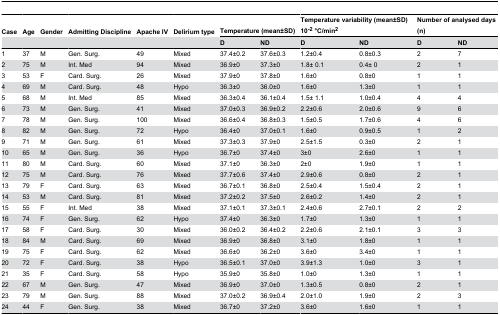
<table><thead><tr><td><b>Case</b></td><td><b>Age</b></td><td><b>Gender</b></td><td><b>Admitting Discipline</b></td><td><b>Apache IV</b></td><td><b>Delirium type</b></td><td colspan="2"><b>Temperature (mean±SD)</b></td><td colspan="2"><b>Temperature variability (mean±SD) 10<sup>-2</sup> °C/min<sup>2</sup></b></td><td colspan="2"><b>Number of analysed days (n) </b></td></tr><tr><td></td><td></td><td></td><td></td><td></td><td></td><td><b>D</b></td><td><b>ND</b></td><td><b>D</b></td><td><b>ND</b></td><td><b>D</b></td><td><b>ND</b></td></tr></thead><tbody><tr><td>1</td><td>37</td><td>M</td><td>Gen. Surg.</td><td>49</td><td>Mixed</td><td>37.4±0.2</td><td>37.6±0.3</td><td>1.2±0.4</td><td>0.8±0.3</td><td>2</td><td>7</td></tr><tr><td>2</td><td>75</td><td>M</td><td>Int. Med</td><td>94</td><td>Mixed</td><td>36.9±0</td><td>37.3±0</td><td>1.8± 0.1</td><td>0.4± 0</td><td>2</td><td>1</td></tr><tr><td>3</td><td>53</td><td>F</td><td>Card. Surg.</td><td>26</td><td>Mixed</td><td>37.9±0</td><td>37.8±0</td><td>1.6±0</td><td>0.8±0</td><td>1</td><td>1</td></tr><tr><td>4</td><td>69</td><td>M</td><td>Card. Surg.</td><td>48</td><td>Hypo</td><td>36.3±0</td><td>36.0±0</td><td>1.6±0</td><td>1.3±0</td><td>1</td><td>1</td></tr><tr><td>5</td><td>68</td><td>M</td><td>Int. Med</td><td>85</td><td>Mixed</td><td>36.3±0.4</td><td>36.1±0.4</td><td>1.5± 1.1</td><td>1.0±0.4</td><td>4</td><td>4</td></tr><tr><td>6</td><td>73</td><td>M</td><td>Gen. Surg.</td><td>41</td><td>Mixed</td><td>37.0±0.3</td><td>36.9±0.2</td><td>2.2±0.6</td><td>2.0±0.6</td><td>9</td><td>6</td></tr><tr><td>7</td><td>78</td><td>M</td><td>Gen. Surg.</td><td>100</td><td>Mixed</td><td>36.6±0.4</td><td>36.8±0.3</td><td>1.5±0.5</td><td>1.7±0.6</td><td>4</td><td>6</td></tr><tr><td>8</td><td>82</td><td>M</td><td>Gen. Surg.</td><td>72</td><td>Hypo</td><td>36.4±0</td><td>37.0±0.1</td><td>1.6±0</td><td>0.9±0.5</td><td>1</td><td>2</td></tr><tr><td>9</td><td>71</td><td>M</td><td>Gen. Surg.</td><td>61</td><td>Mixed</td><td>37.3±0.3</td><td>37.9±0</td><td>2.5±1.5</td><td>0.3±0</td><td>2</td><td>1</td></tr><tr><td>10</td><td>65</td><td>M</td><td>Gen. Surg.</td><td>36</td><td>Hypo</td><td>36.7±0</td><td>37.4±0</td><td>3±0</td><td>2.6±0</td><td>1</td><td>1</td></tr><tr><td>11</td><td>80</td><td>M</td><td>Card. Surg.</td><td>60</td><td>Mixed</td><td>37.1±0</td><td>36.3±0</td><td>2±0</td><td>1.9±0</td><td>1</td><td>1</td></tr><tr><td>12</td><td>75</td><td>M</td><td>Card. Surg.</td><td>76</td><td>Mixed</td><td>37.7±0.6</td><td>37.4±0</td><td>2.9±0.6</td><td>0.8±0</td><td>2</td><td>1</td></tr><tr><td>13</td><td>79</td><td>F</td><td>Card. Surg.</td><td>63</td><td>Mixed</td><td>36.7±0.1</td><td>36.8±0</td><td>2.5±0.4</td><td>1.5±0.4</td><td>2</td><td>1</td></tr><tr><td>14</td><td>53</td><td>M</td><td>Card. Surg.</td><td>81</td><td>Mixed</td><td>37.2±0.2</td><td>37.5±0</td><td>2.6±0.2</td><td>1.4±0</td><td>2</td><td>1</td></tr><tr><td>15</td><td>55</td><td>F</td><td>Int. Med</td><td>38</td><td>Mixed</td><td>37.1±0.1</td><td>37.3±0.1</td><td>2.4±0.6</td><td>2.7±0.1</td><td>2</td><td>2</td></tr><tr><td>16</td><td>74</td><td>F</td><td>Gen. Surg.</td><td>62</td><td>Hypo</td><td>37.4±0</td><td>36.3±0</td><td>1.7±0</td><td>1.3±0</td><td>1</td><td>1</td></tr><tr><td>17</td><td>58</td><td>F</td><td>Card. Surg.</td><td>30</td><td>Mixed</td><td>36.0±0.2</td><td>36.4±0.2</td><td>2.2±0.6</td><td>2.1±0.1</td><td>3</td><td>3</td></tr><tr><td>18</td><td>84</td><td>M</td><td>Card. Surg.</td><td>69</td><td>Mixed</td><td>36.9±0</td><td>36.8±0</td><td>3.1±0</td><td>1.8±0</td><td>1</td><td>1</td></tr><tr><td>19</td><td>75</td><td>F</td><td>Card. Surg.</td><td>62</td><td>Mixed</td><td>36.6±0</td><td>36.2±0</td><td>3.6±0</td><td>3.4±0</td><td>1</td><td>1</td></tr><tr><td>20</td><td>72</td><td>F</td><td>Card. Surg.</td><td>38</td><td>Hypo</td><td>36.5±0.1</td><td>37.0±0</td><td>3.9±1.3</td><td>1.0±0</td><td>3</td><td>1</td></tr><tr><td>21</td><td>35</td><td>F</td><td>Card. Surg.</td><td>58</td><td>Hypo</td><td>35.9±0</td><td>35.8±0</td><td>1.0±0</td><td>1.3±0</td><td>1</td><td>1</td></tr><tr><td>22</td><td>67</td><td>M</td><td>Gen. Surg.</td><td>47</td><td>Mixed</td><td>36.9±0</td><td>37.0±0</td><td>1.3±0.5</td><td>0.8±0</td><td>2</td><td>1</td></tr><tr><td>23</td><td>79</td><td>M</td><td>Gen. Surg.</td><td>88</td><td>Mixed</td><td>37.0±0.2</td><td>36.9±0.4</td><td>2.0±1.0</td><td>1.9±0</td><td>2</td><td>3</td></tr><tr><td>24</td><td>44 </td><td>F</td><td>Gen. Surg.</td><td>38</td><td>Mixed</td><td>36.7±0</td><td>37.2±0</td><td>3.6±0</td><td>1.6±0</td><td>1</td><td>1</td></tr></tbody></table>